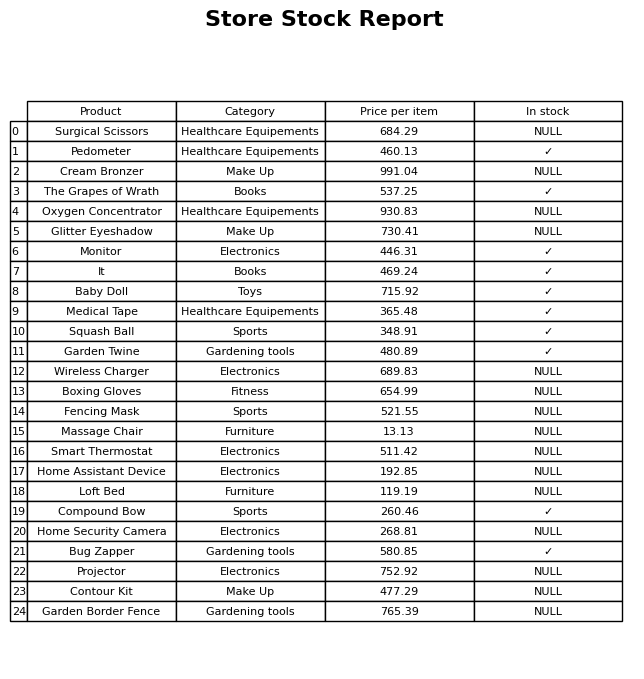
question: What is the price for It?
answer: The price of It is 469.24.